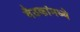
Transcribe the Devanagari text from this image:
बैठकांमध्ये